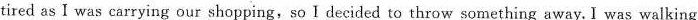
tired as I was carrying our shopping,so I decided to throw something away. I was walking